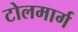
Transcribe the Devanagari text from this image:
टोलमार्ग